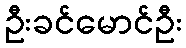
ဦးခင်မောင်ဦး